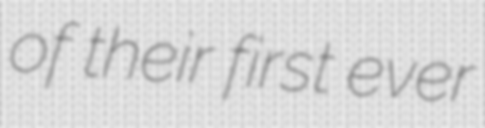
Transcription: of their first ever